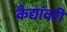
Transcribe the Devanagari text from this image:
कैद्यांवरी